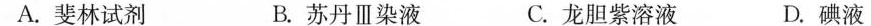
A.斐林试剂 B.苏丹Ⅲ染液 C.龙胆紫溶液 D.碘液